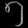
Digit: ၅